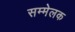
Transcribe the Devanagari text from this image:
सम्मेलक